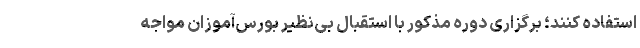
استفاده کنند؛ برگزاری‌ دوره مذکور با استقبال بی‌نظیر بورس‌آموزان مواجه